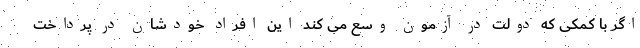
اگر با کمکی که دولت در آزمون وسع می کند این افراد خودشان در پرداخت